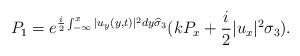
LaTeX: \begin{align*}&P_1=e^{\frac{i}{2} \int_{-\infty}^x|u_y(y, t)|^2 dy \widehat{\sigma}_{3}}(k P_x+\frac{i}{2} |u_x|^2 \sigma_{3}).\end{align*}